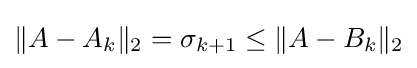
\|A-A_{k}\|_{2}=\sigma _{k+1}\leq \|A-B_{k}\|_{2}